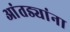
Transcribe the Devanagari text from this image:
आंतड्यांना